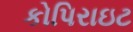
કોપિરાઇટ